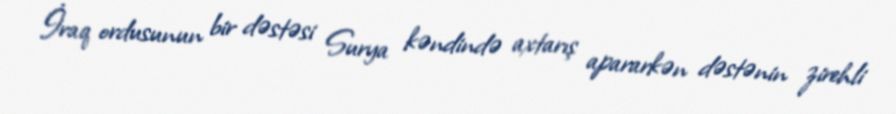
İraq ordusunun bir dəstəsi Surya kəndində axtarış apararkən dəstənin zirehli